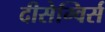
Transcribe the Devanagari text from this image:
दीसेम्विर्स